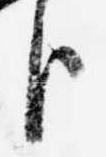
臣